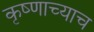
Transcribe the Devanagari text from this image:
कृष्णाच्याच